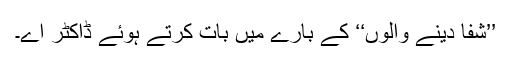
’’شفا دینے والوں‘‘ کے بارے میں بات کرتے ہوئے ڈاکٹر اے۔